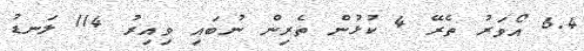
6.4 އޯވަރު ތެރޭ 4 ކުޅުން ތެރިން ނުބައި ވިއިރު 114 ލަނޑު